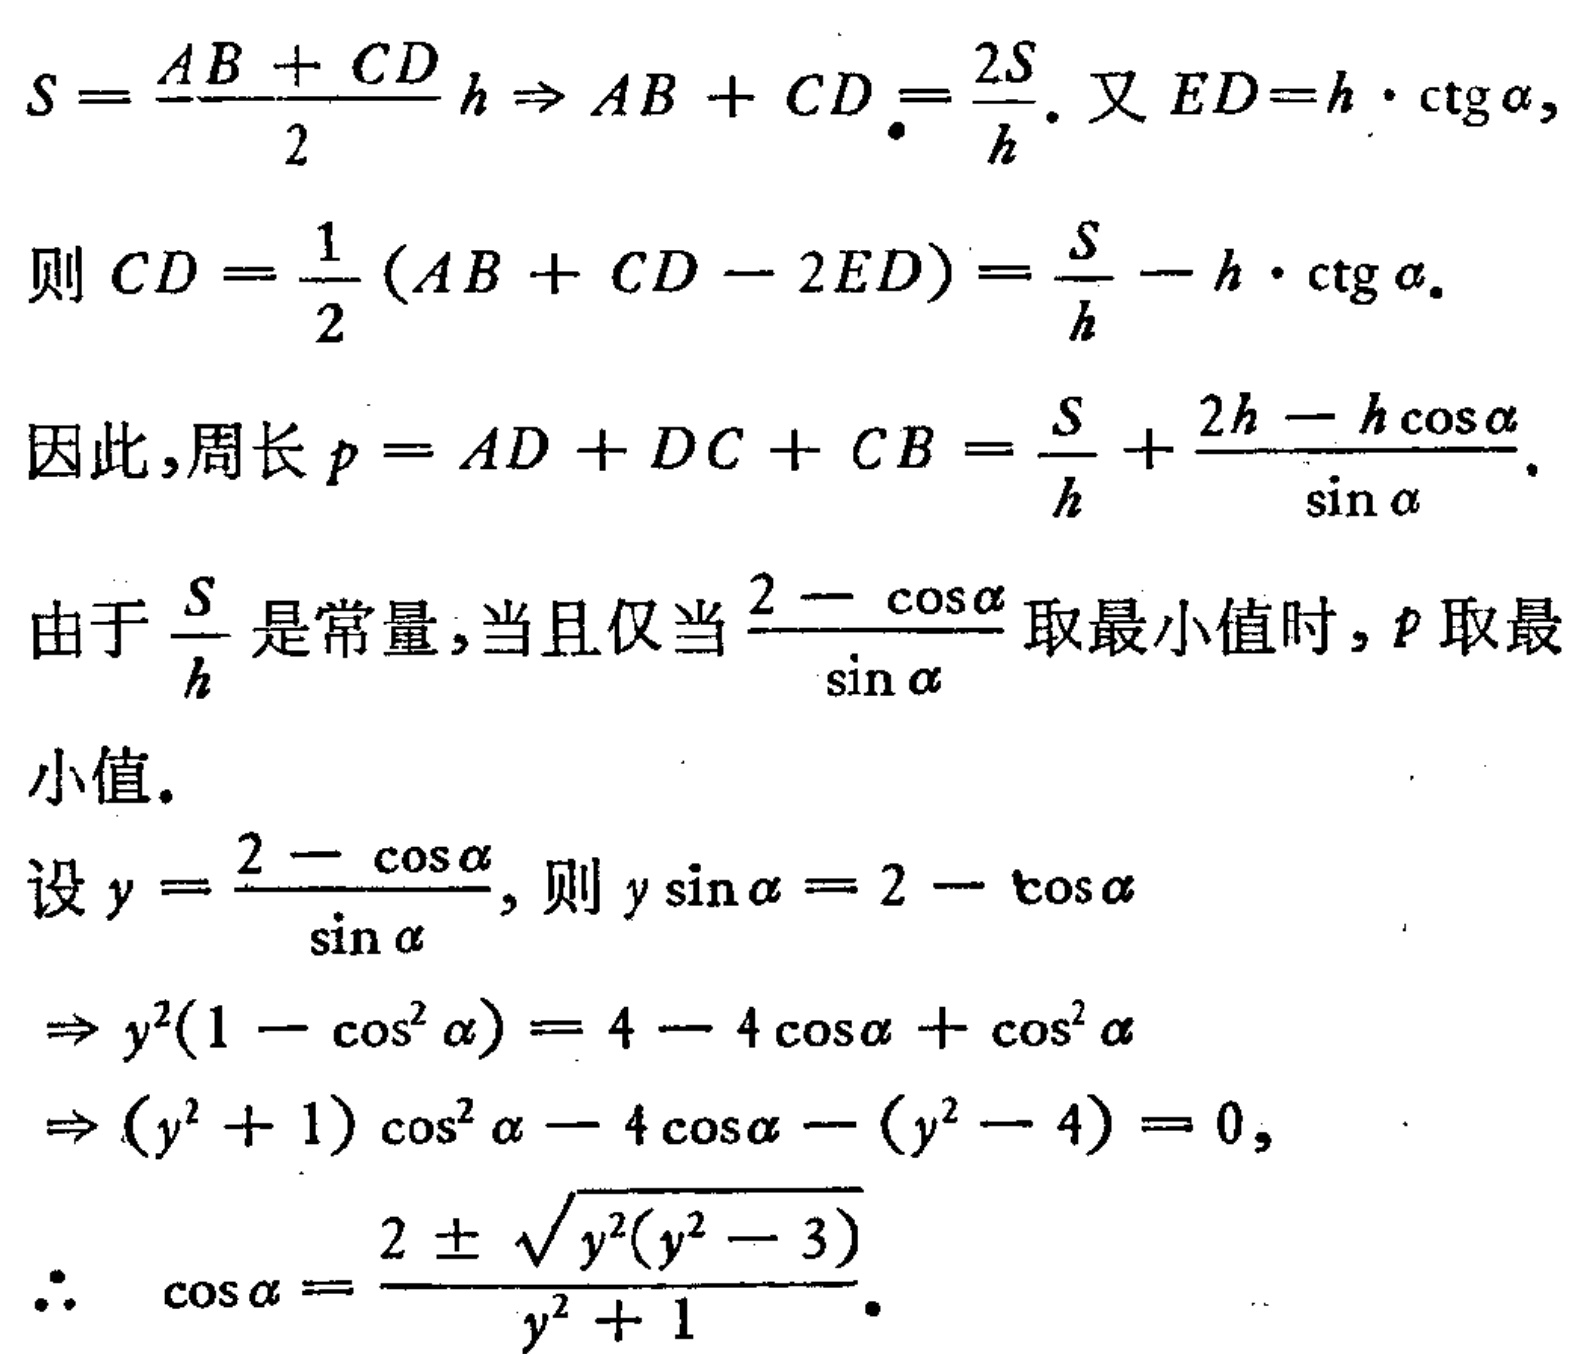
\[
\begin{align*}
S&=\frac{AB + CD}{2}h\Rightarrow AB + CD=\frac{2S}{h}.\text{ 又 }ED = h\cdot\cot\alpha,\\
\text{则 }CD&=\frac{1}{2}(AB + CD - 2ED)=\frac{S}{h}-h\cdot\cot\alpha.\\
\text{因此,周长 }p&=AD + DC + CB=\frac{S}{h}+\frac{2h - h\cos\alpha}{\sin\alpha}.\\
\end{align*}
\]
由于\(\frac{S}{h}\)是常量,当且仅当\(\frac{2 - \cos\alpha}{\sin\alpha}\)取最小值时, \(p\)取最小值.
设\(y = \frac{2 - \cos\alpha}{\sin\alpha}\), 则 \(y\sin\alpha=2 - \cos\alpha\)
\[
\begin{align*}
\Rightarrow y^{2}(1 - \cos^{2}\alpha)&=4 - 4\cos\alpha+\cos^{2}\alpha\\
\Rightarrow (y^{2}+1)\cos^{2}\alpha - 4\cos\alpha-(y^{2}-4)&=0,\\
\therefore\cos\alpha&=\frac{2\pm\sqrt{y^{2}(y^{2}-3)}}{y^{2}+1}.
\end{align*}
\]